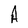
Character: A